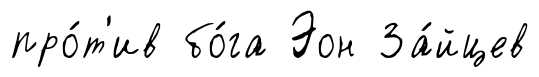
про́т'ив бо́га Эон За́йцев